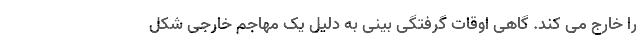
را خارج می کند. گاهی اوقات گرفتگی بینی به دلیل یک مهاجم خارجی شکل